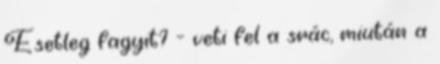
Esetleg fagyit? - veti fel a srác, miután a